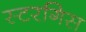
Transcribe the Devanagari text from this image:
स्टरगिस